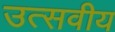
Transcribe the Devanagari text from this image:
उत्सवीय